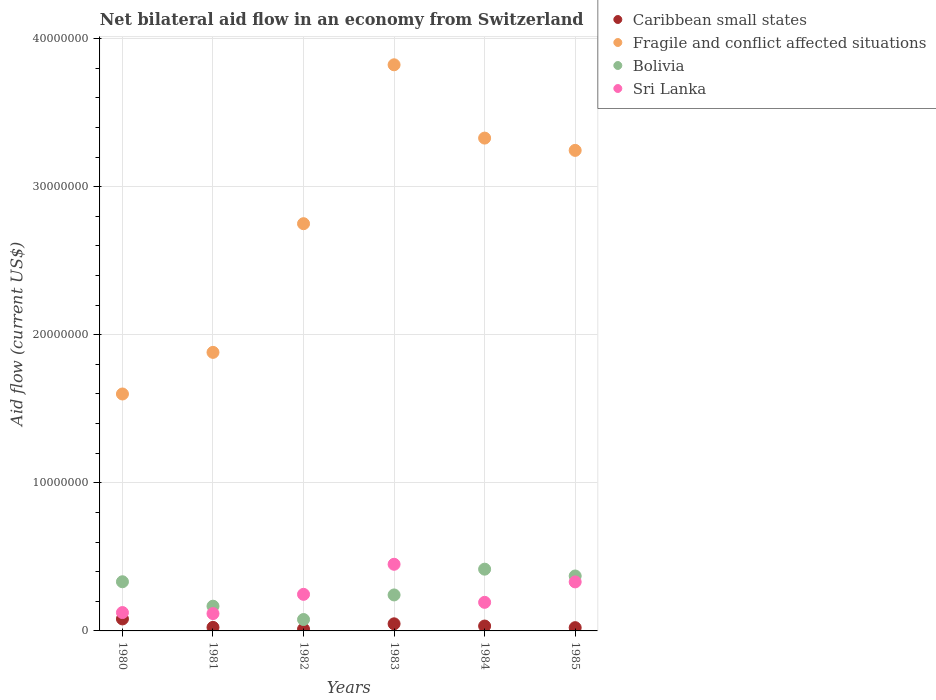
| Years | Caribbean small states | Fragile and conflict affected situations | Bolivia | Sri Lanka |
 | --- | --- | --- | --- | --- |
 | 1980 | 8.1e+05 | 1.6e+07 | 3.32e+06 | 1.24e+06 |
 | 1981 | 2.4e+05 | 1.88e+07 | 1.67e+06 | 1.17e+06 |
 | 1982 | 1.2e+05 | 2.75e+07 | 7.7e+05 | 2.47e+06 |
 | 1983 | 4.8e+05 | 3.82e+07 | 2.43e+06 | 4.5e+06 |
 | 1984 | 3.3e+05 | 3.33e+07 | 4.17e+06 | 1.93e+06 |
 | 1985 | 2.2e+05 | 3.24e+07 | 3.71e+06 | 3.31e+06 |